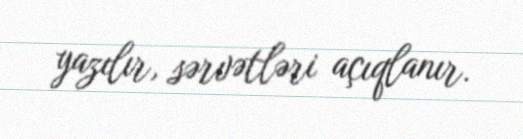
yazılır, sərvətləri açıqlanır.